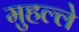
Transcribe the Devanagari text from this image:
मुहल्‍ले